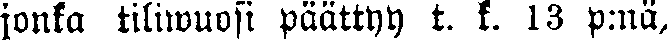
jonka tiliwuosi päättyy t. k. 13 p:nä,